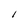
Character: l